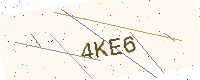
Text: 4KE6